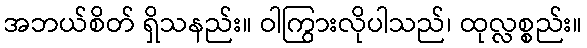
အဘယ်စိတ် ရှိသနည်း။ ဝါကြွားလိုပါသည်၊ ထုလ္လစ္စည်း။